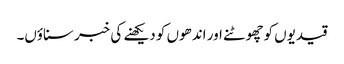
قیدیوں کوچھوٹنے اور اندھوں کو دیکھنے کی خبر سناؤں۔